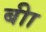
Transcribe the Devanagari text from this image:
बीा